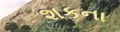
શકના